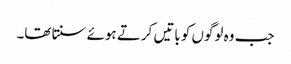
جب وہ لوگوں کو باتیں کرتے ہوئے سنتا تھا۔